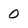
Character: 0